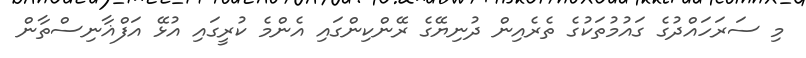
މި ސަރަހައްދުގެ ގައުމުތަކުގެ ތެރެއިން ދުނިޔޭގެ ރޭންކިންގައި އެންމެ ކުރީގައި އުޅޭ އަފްޣާނިސްތާން